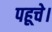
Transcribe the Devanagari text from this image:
पहूचे।